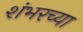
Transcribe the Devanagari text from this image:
शंभरच्या